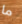
ما